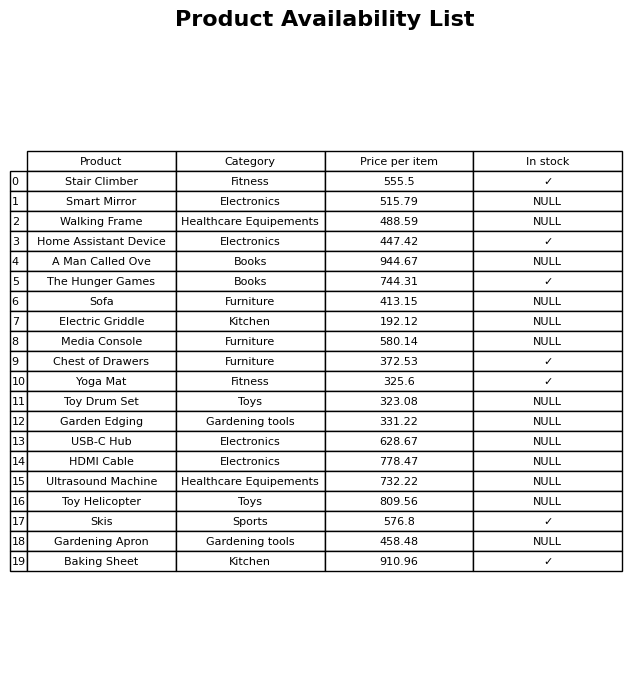
question: Is the Yoga Mat in stock?
answer: ✓